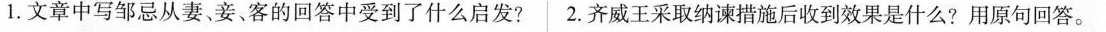
1.文章中写邹忌从妻、妾、客的回答中受到了什么启发?2.齐威王采取纳谏措施后收到效果是什么?用原句回答。